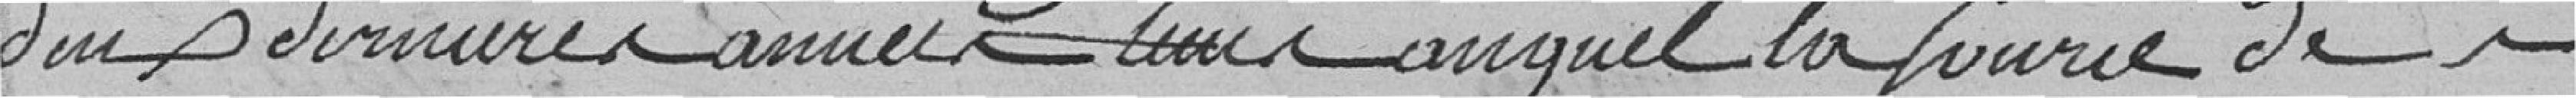
deux dernières années ? auquel la force de la